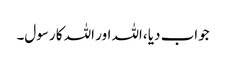
جواب دیا ،اللہ اور اللہ کا رسول۔